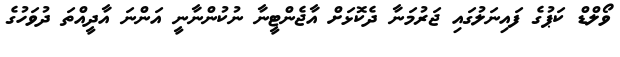
ވޯލްޑް ކަޕުގެ ފައިނަލުގައި ޖަރުމަނާ ދެކޮޅަށް އާޖެންޓީނާ ނުކުންނާނީ އަންނަ އާދީއްތަ ދުވަހުގެ